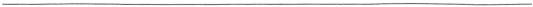
___